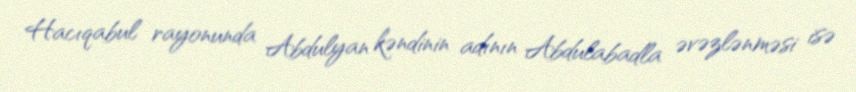
Hacıqabul rayonunda Abdulyan kəndinin adının Abdulabadla əvəzlənməsi isə